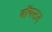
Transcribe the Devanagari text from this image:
बॉयन्टन